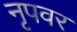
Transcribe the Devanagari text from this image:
नृपवर